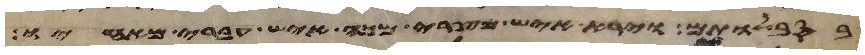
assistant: בסבלותם וירא איש מצרי מכה איש עברי מאחיו